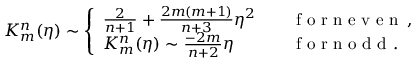
K _ { m } ^ { n } ( \eta ) \sim \left\{ \begin{array} { l l } { \frac { 2 } { n + 1 } + \frac { 2 m ( m + 1 ) } { n + 3 } \eta ^ { 2 } } & { \quad \mathrm { ~ f ~ o ~ r ~ n ~ e ~ v ~ e ~ n ~ } \, , } \\ { K _ { m } ^ { n } ( \eta ) \sim \frac { - 2 m } { n + 2 } \eta } & { \quad \mathrm { ~ f ~ o ~ r ~ n ~ o ~ d ~ d ~ } . } \end{array} \right.